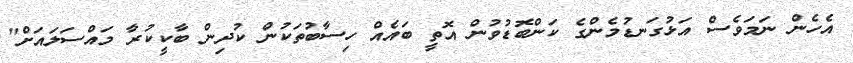
އެހެން ނަމަވެސް އަޅުގަނޑުމެންގެ ކަންބޮޑުވުން އޮތީ ބައެއް ހިސާބުތަކުން ކުދިން ބާކީކުރާ މައްސަލައަށް"